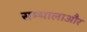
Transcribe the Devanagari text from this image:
सम्भालाऔर